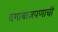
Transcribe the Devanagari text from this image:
दगाबाजपणाची